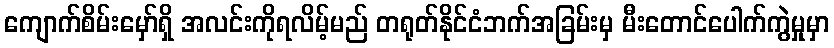
ကျောက်စိမ်းမှော်ရှိ အလင်းကိုရလိမ့်မည် တရုတ်နိုင်ငံဘက်အခြမ်းမှ မီးတောင်ပေါက်ကွဲမှုမှာ